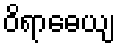
ဝိရာဓေယျ